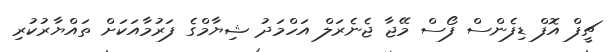
ޗީފް އޮފް ޑިފެންސް ފޯސް މޭޖާ ޖެނެރަލް އަހްމަދު ޝިޔާމްގެ ފަރުމާއަކަށް ތައްޔާރުކުރި